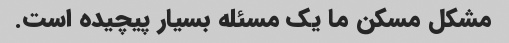
مشکل مسکن ما یک مسئله بسیار پیچیده است.